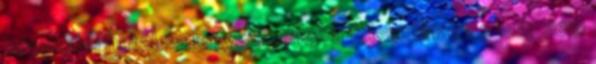
kevesebb hatalma legyen ennek a felcsutinak Ez már nem